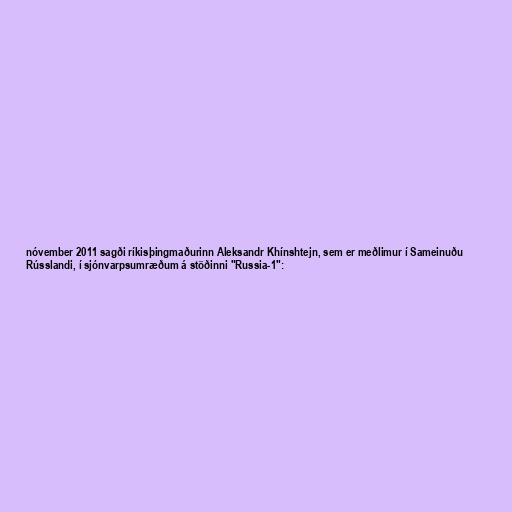
nóvember 2011 sagði ríkisþingmaðurinn Aleksandr Khínshtejn, sem er meðlimur í Sameinuðu
Rússlandi, í sjónvarpsumræðum á stöðinni "Russia-1":